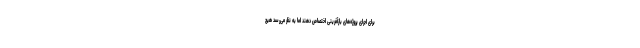
برای اجرای پروژه‌های بازآفرینی اختصاص دهند اما به نظر می‌رسد هیچ